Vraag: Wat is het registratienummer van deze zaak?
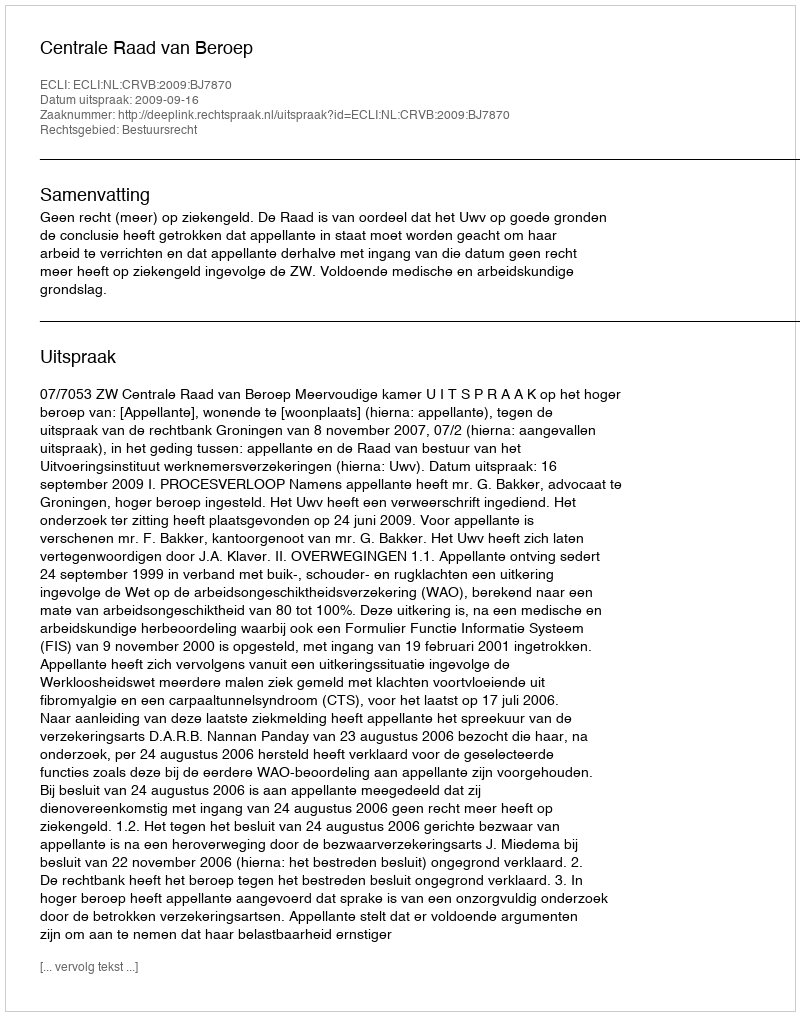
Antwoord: http://deeplink.rechtspraak.nl/uitspraak?id=ECLI:NL:CRVB:2009:BJ7870